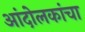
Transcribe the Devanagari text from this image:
आंदोलकांचा